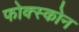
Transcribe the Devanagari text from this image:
फोक्स्कोन